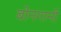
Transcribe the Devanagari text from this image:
बोनगानी